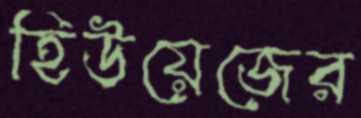
হিউয়েজের